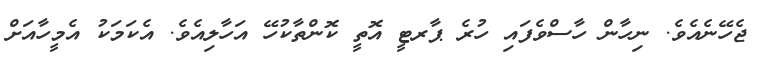
ޖެހޭނެއެވެ. ނިހާން ހާސްވެފައި ހުރެ ޕާރޓީ އޮތީ ކޮންތާކުހޭ އަހާލިއެވެ. އެކަމަކު އެމީހާއަށް